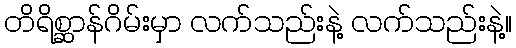
တိရိစ္ဆာန်ဂိမ်းမှာ လက်သည်းနဲ့ လက်သည်းနဲ့။